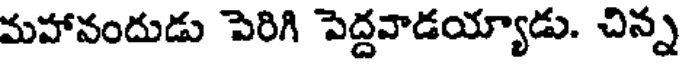
మహానందుడు పెరిగి పెద్దవాడయ్యాడు. చిన్న